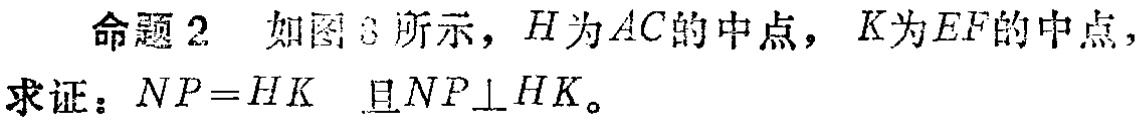
命题2 如图3所示，$H$为$AC$的中点，$K$为$EF$的中点，
求证：$NP = HK$ 且$NP\perp HK$。